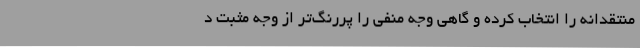
منتقدانه را انتخاب کرده و گاهی وجه منفی را پررنگ‌تر از وجه مثبت د